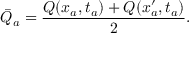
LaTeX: \bar { Q } _ { a } = \frac { Q ( x _ { a } , t _ { a } ) + Q ( x _ { a } ^ { \prime } , t _ { a } ) } { 2 } .